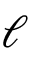
\ell